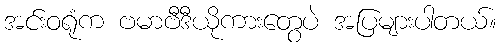
အင်းဝရုံက ဗမာဗီဒီယိုကားတွေပဲ အပြများပါတယ်။